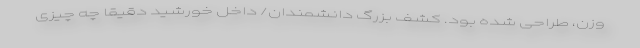
وزن، طراحی شده بود. کشف بزرگ دانشمندان/ داخل خورشید دقیقا چه چیزی